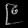
Digit: ၉